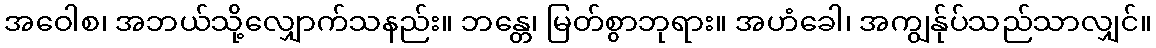
အဝေါစ၊ အဘယ်သို့လျှောက်သနည်း။ ဘန္တေ၊ မြတ်စွာဘုရား။ အဟံခေါ၊ အကျွန်ုပ်သည်သာလျှင်။